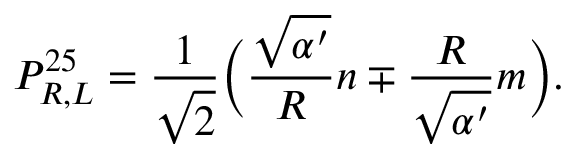
P _ { R , L } ^ { 2 5 } = \frac { 1 } { \sqrt { 2 } } \bigg ( \frac { \sqrt { \alpha ^ { \prime } } } { R } n \mp \frac { R } { \sqrt { \alpha ^ { \prime } } } m \bigg ) .